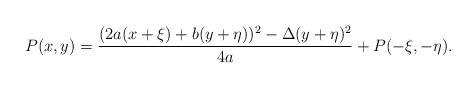
LaTeX: \begin{align*} P(x,y) = \frac{(2a(x+\xi) + b(y+\eta))^{2} - \Delta (y+\eta)^{2}}{4a} + P(-\xi,-\eta).\end{align*}